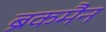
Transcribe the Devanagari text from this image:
ब्रेकमैन